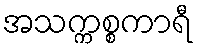
အသက္ကစ္စကာရီ